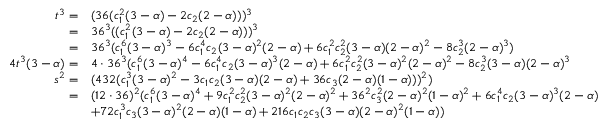
\begin{array} { r l } { t ^ { 3 } = } & { ( 3 6 ( c _ { 1 } ^ { 2 } ( 3 - \alpha ) - 2 c _ { 2 } ( 2 - \alpha ) ) ) ^ { 3 } } \\ { = } & { 3 6 ^ { 3 } ( ( c _ { 1 } ^ { 2 } ( 3 - \alpha ) - 2 c _ { 2 } ( 2 - \alpha ) ) ) ^ { 3 } } \\ { = } & { 3 6 ^ { 3 } ( c _ { 1 } ^ { 6 } ( 3 - \alpha ) ^ { 3 } - 6 c _ { 1 } ^ { 4 } c _ { 2 } ( 3 - \alpha ) ^ { 2 } ( 2 - \alpha ) + 6 c _ { 1 } ^ { 2 } c _ { 2 } ^ { 2 } ( 3 - \alpha ) ( 2 - \alpha ) ^ { 2 } - 8 c _ { 2 } ^ { 3 } ( 2 - \alpha ) ^ { 3 } ) } \\ { 4 t ^ { 3 } ( 3 - \alpha ) = } & { 4 \cdot 3 6 ^ { 3 } ( c _ { 1 } ^ { 6 } ( 3 - \alpha ) ^ { 4 } - 6 c _ { 1 } ^ { 4 } c _ { 2 } ( 3 - \alpha ) ^ { 3 } ( 2 - \alpha ) + 6 c _ { 1 } ^ { 2 } c _ { 2 } ^ { 2 } ( 3 - \alpha ) ^ { 2 } ( 2 - \alpha ) ^ { 2 } - 8 c _ { 2 } ^ { 3 } ( 3 - \alpha ) ( 2 - \alpha ) ^ { 3 } } \\ { s ^ { 2 } = } & { ( 4 3 2 ( c _ { 1 } ^ { 3 } ( 3 - \alpha ) ^ { 2 } - 3 c _ { 1 } c _ { 2 } ( 3 - \alpha ) ( 2 - \alpha ) + 3 6 c _ { 3 } ( 2 - \alpha ) ( 1 - \alpha ) ) ) ^ { 2 } ) } \\ { = } & { ( 1 2 \cdot 3 6 ) ^ { 2 } ( c _ { 1 } ^ { 6 } ( 3 - \alpha ) ^ { 4 } + 9 c _ { 1 } ^ { 2 } c _ { 2 } ^ { 2 } ( 3 - \alpha ) ^ { 2 } ( 2 - \alpha ) ^ { 2 } + 3 6 ^ { 2 } c _ { 3 } ^ { 2 } ( 2 - \alpha ) ^ { 2 } ( 1 - \alpha ) ^ { 2 } + 6 c _ { 1 } ^ { 4 } c _ { 2 } ( 3 - \alpha ) ^ { 3 } ( 2 - \alpha ) } \\ & { + 7 2 c _ { 1 } ^ { 3 } c _ { 3 } ( 3 - \alpha ) ^ { 2 } ( 2 - \alpha ) ( 1 - \alpha ) + 2 1 6 c _ { 1 } c _ { 2 } c _ { 3 } ( 3 - \alpha ) ( 2 - \alpha ) ^ { 2 } ( 1 - \alpha ) ) } \end{array}